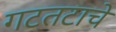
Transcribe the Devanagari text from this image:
गटतटाचे